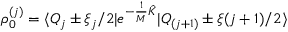
\rho _ { 0 } ^ { ( j ) } = \langle Q _ { j } \pm \xi _ { j } / 2 | e ^ { - \frac { 1 } { M } { \hat { K } } } | Q _ { ( j + 1 ) } \pm \xi _ { } ( j + 1 ) / 2 \rangle